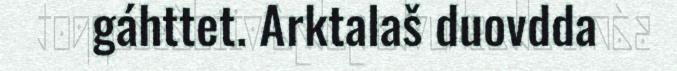
gáhttet. Arktalaš duovdda